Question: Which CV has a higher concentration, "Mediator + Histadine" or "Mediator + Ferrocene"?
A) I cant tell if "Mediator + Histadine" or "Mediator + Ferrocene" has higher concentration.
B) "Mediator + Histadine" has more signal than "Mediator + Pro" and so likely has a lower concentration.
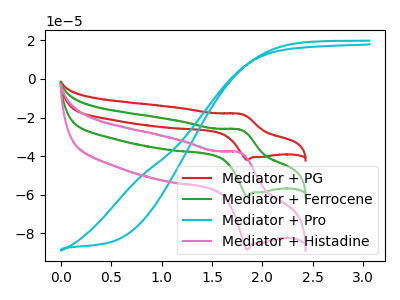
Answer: <think>The red curve "Mediator + PG" has an anodic peak at (1.75V, -52.50uA) and a cathodic peak at (1.85V, -121.75uA). The green curve "Mediator + Ferrocene" has an anodic peak at (1.75V, -26.25uA) and a cathodic peak at (1.85V, -60.90uA). The cyan curve "Mediator + Pro" has no peaks. The pink curve "Mediator + Histadine" has an anodic peak at (1.75V, -38.10uA) and a cathodic peak at (1.85V, -88.35uA).
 All the peaks in "Mediator + Histadine" have a peak in "Mediator + Ferrocene" at the same potential.</think>
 <answer>A) I cant tell if "Mediator + Histadine" or "Mediator + Ferrocene" has higher concentration.</answer>
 <eval>A</eval>